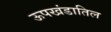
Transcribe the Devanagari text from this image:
ऊपखंडातिल